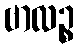
ဗာလဉ္စ